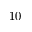
1 0